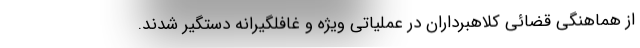
از هماهنگی قضائی کلاهبرداران در عملیاتی ویژه و غافلگیرانه دستگیر شدند.